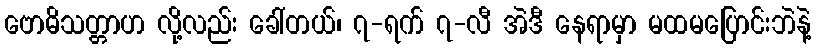
ဗောဓိသတ္တာဟ လို့လည်း ခေါ်တယ်၊ ၇-ရက် ၇-လီ အဲဒီ နေရာမှာ မထမပြောင်းဘဲနဲ့